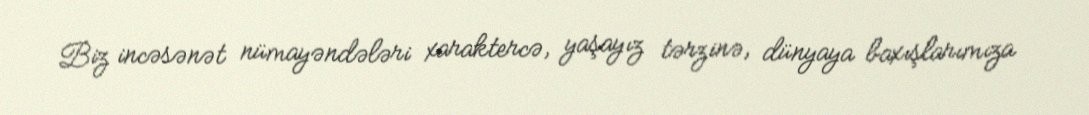
Biz incəsənət nümayəndələri xaraktercə, yaşayız tərzinə, dünyaya baxışlarımıza